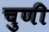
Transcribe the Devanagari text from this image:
चुणी